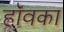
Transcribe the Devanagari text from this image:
हॉवका